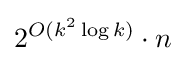
2^{O(k^{2}\log k)}\cdot n